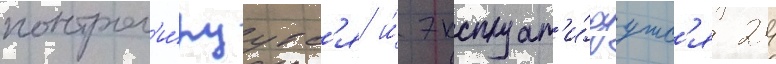
контрол'и́руутс'я и́ эксплуат'и́руутс'я 24